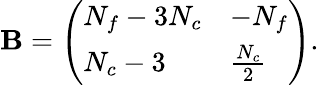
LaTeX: \mathbf{B}=\left(\begin{array}{ll}{{N_{f}-3N_{c}}}&{{-N_{f}}}\\ {{N_{c}-3}}&{{{\frac{N_{c}}{2}}}}\end{array}\right).